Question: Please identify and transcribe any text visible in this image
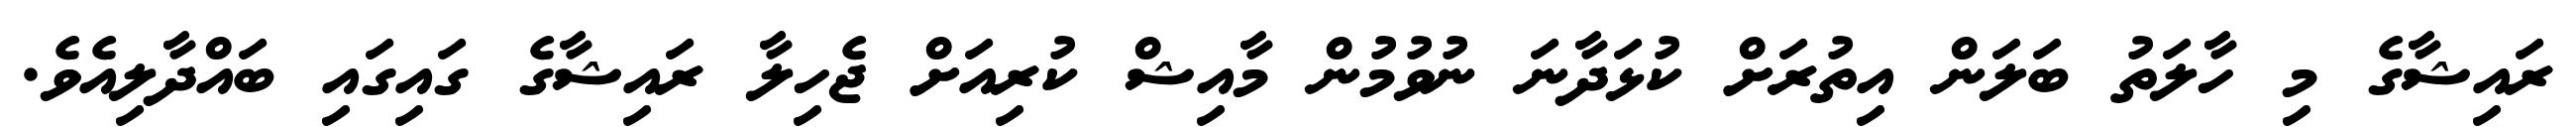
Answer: ރައިޝާގެ މި ހާލަތު ބަލަން އިތުރަށް ކުޅަދާނަ ނުވުމުން މާއިޝް ކުރިއަށް ޖެހިލާ ރައިޝާގެ ގައިގައި ބައްދާލިއެވެ.